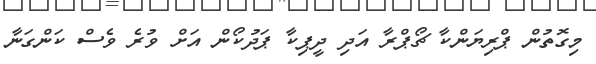
މިގޮތުން ޕްރިޔަންކާ ޗޯޕްރާ އަދި ދީޕިކާ ޕަދުކޯން އަށް ވުރެ ވެސް ކަންގަނާ